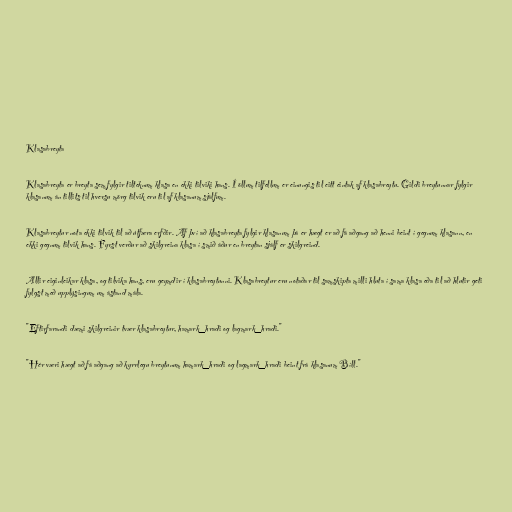
Klasabreyta

Klasabreyta er breyta sem fylgir tilteknum klasa en ekki tilviki hans. Í öllum tilfellum er einungis til eitt eintak af klasabreytu. Gildi breytunnar fylgir
klasanum án tillits til hversu mörg tilvik eru til af klasanum sjálfum.

Klasabreytur nota ekki tilvik til að útfæra erfðir. Af því að klasabreyta fylgir klasanum þá er hægt er að fá aðgang að henni beint í gegnum klasann, en
ekki gegnum tilvik hans. Fyrst verður að skilgreina klasa í smið áður en breytan sjálf er skilgreind.

Allir eiginleikar klasa, og tilvika hans, eru geymdir í klasabreytunni. Klasabreytur eru notaðar til samskipta milli hluta í sama klasa eða til að hlutir geti
fylgst með upplýsingum um ástand mála.

"Eftirfarandi dæmi skilgreinir tvær klasabreytur, hamark_hradi og lagmark_hradi."

"Hér væri hægt að fá aðgang að kyrrlegu breytunum hamark_hradi og lagmark_hradi beint frá klasanum Bíll."